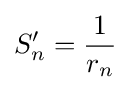
S_{n}'={\frac {1}{r_{n}}}